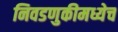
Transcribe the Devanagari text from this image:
निवडणुकीमध्येच